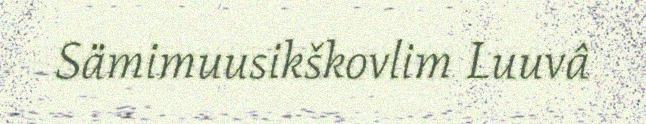
Sämimuusikškovlim Luuvâ